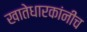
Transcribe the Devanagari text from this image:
खातेधारकांनींच